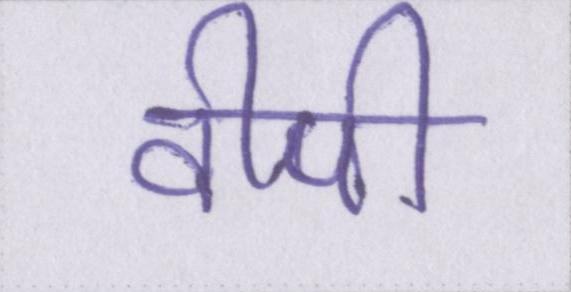
वीपी